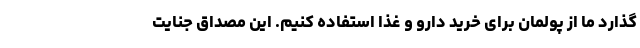
‌گذارد ما از پولمان برای خرید دارو و غذا استفاده کنیم. این مصداق جنایت